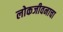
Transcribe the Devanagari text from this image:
लोकजीवनाचा